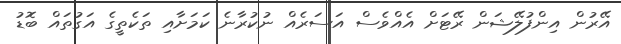
އޭރުން އިންފުލޭޝަން ރޭޓަށް އެއްވެސް އަސަރެއް ނުކުރާނެ ކަމަށާއި ތަކެތީގެ އަގުތައް ބޮޑު